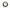
。